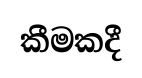
කීමකදී